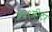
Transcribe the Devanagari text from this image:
४५९मीटर